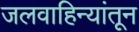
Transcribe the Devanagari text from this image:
जलवाहिन्यांतून